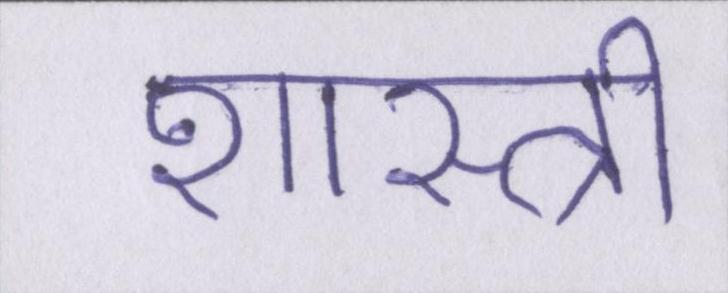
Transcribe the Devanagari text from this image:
शास्त्री